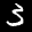
Label: 3